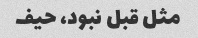
مثل قبل نبود، حیف